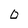
Character: O